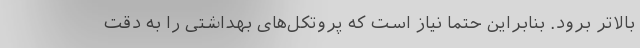
بالاتر برود. بنابراین حتما نیاز است که پروتکل‌های بهداشتی را به دقت